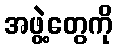
အဖွဲ့တွေကို